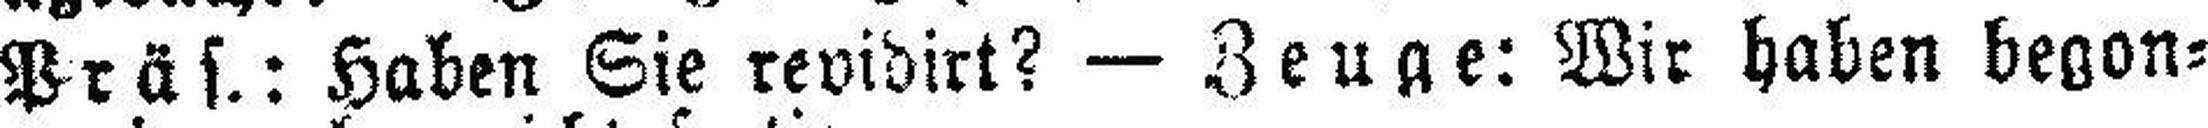
Präs.: Haben Sie revidirt? — Zeuge: Wir haben begon¬